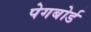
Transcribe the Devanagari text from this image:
पेगबोर्ड